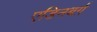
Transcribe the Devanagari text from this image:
एडिनबर्ग़